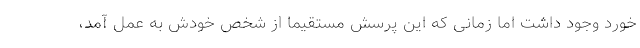
خورد وجود داشت اما زمانی که این پرسش مستقیما از شخص خودش به عمل آمد،